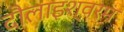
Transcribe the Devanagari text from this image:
दौलाइश्वरम